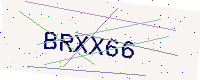
Text: BRXX66